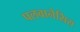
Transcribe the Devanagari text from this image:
पलवानेसिस